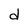
Character: d